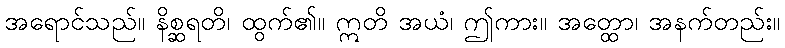
အရောင်သည်။ နိစ္ဆရတိ၊ ထွက်၏။ ဣတိ အယံ၊ ဤကား။ အတ္ထော၊ အနက်တည်း။